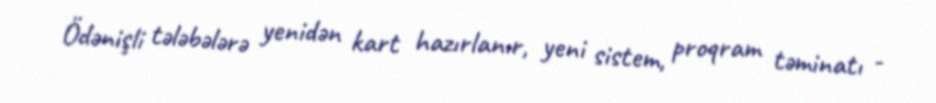
Ödənişli tələbələrə yenidən kart hazırlanır, yeni sistem, proqram təminatı -